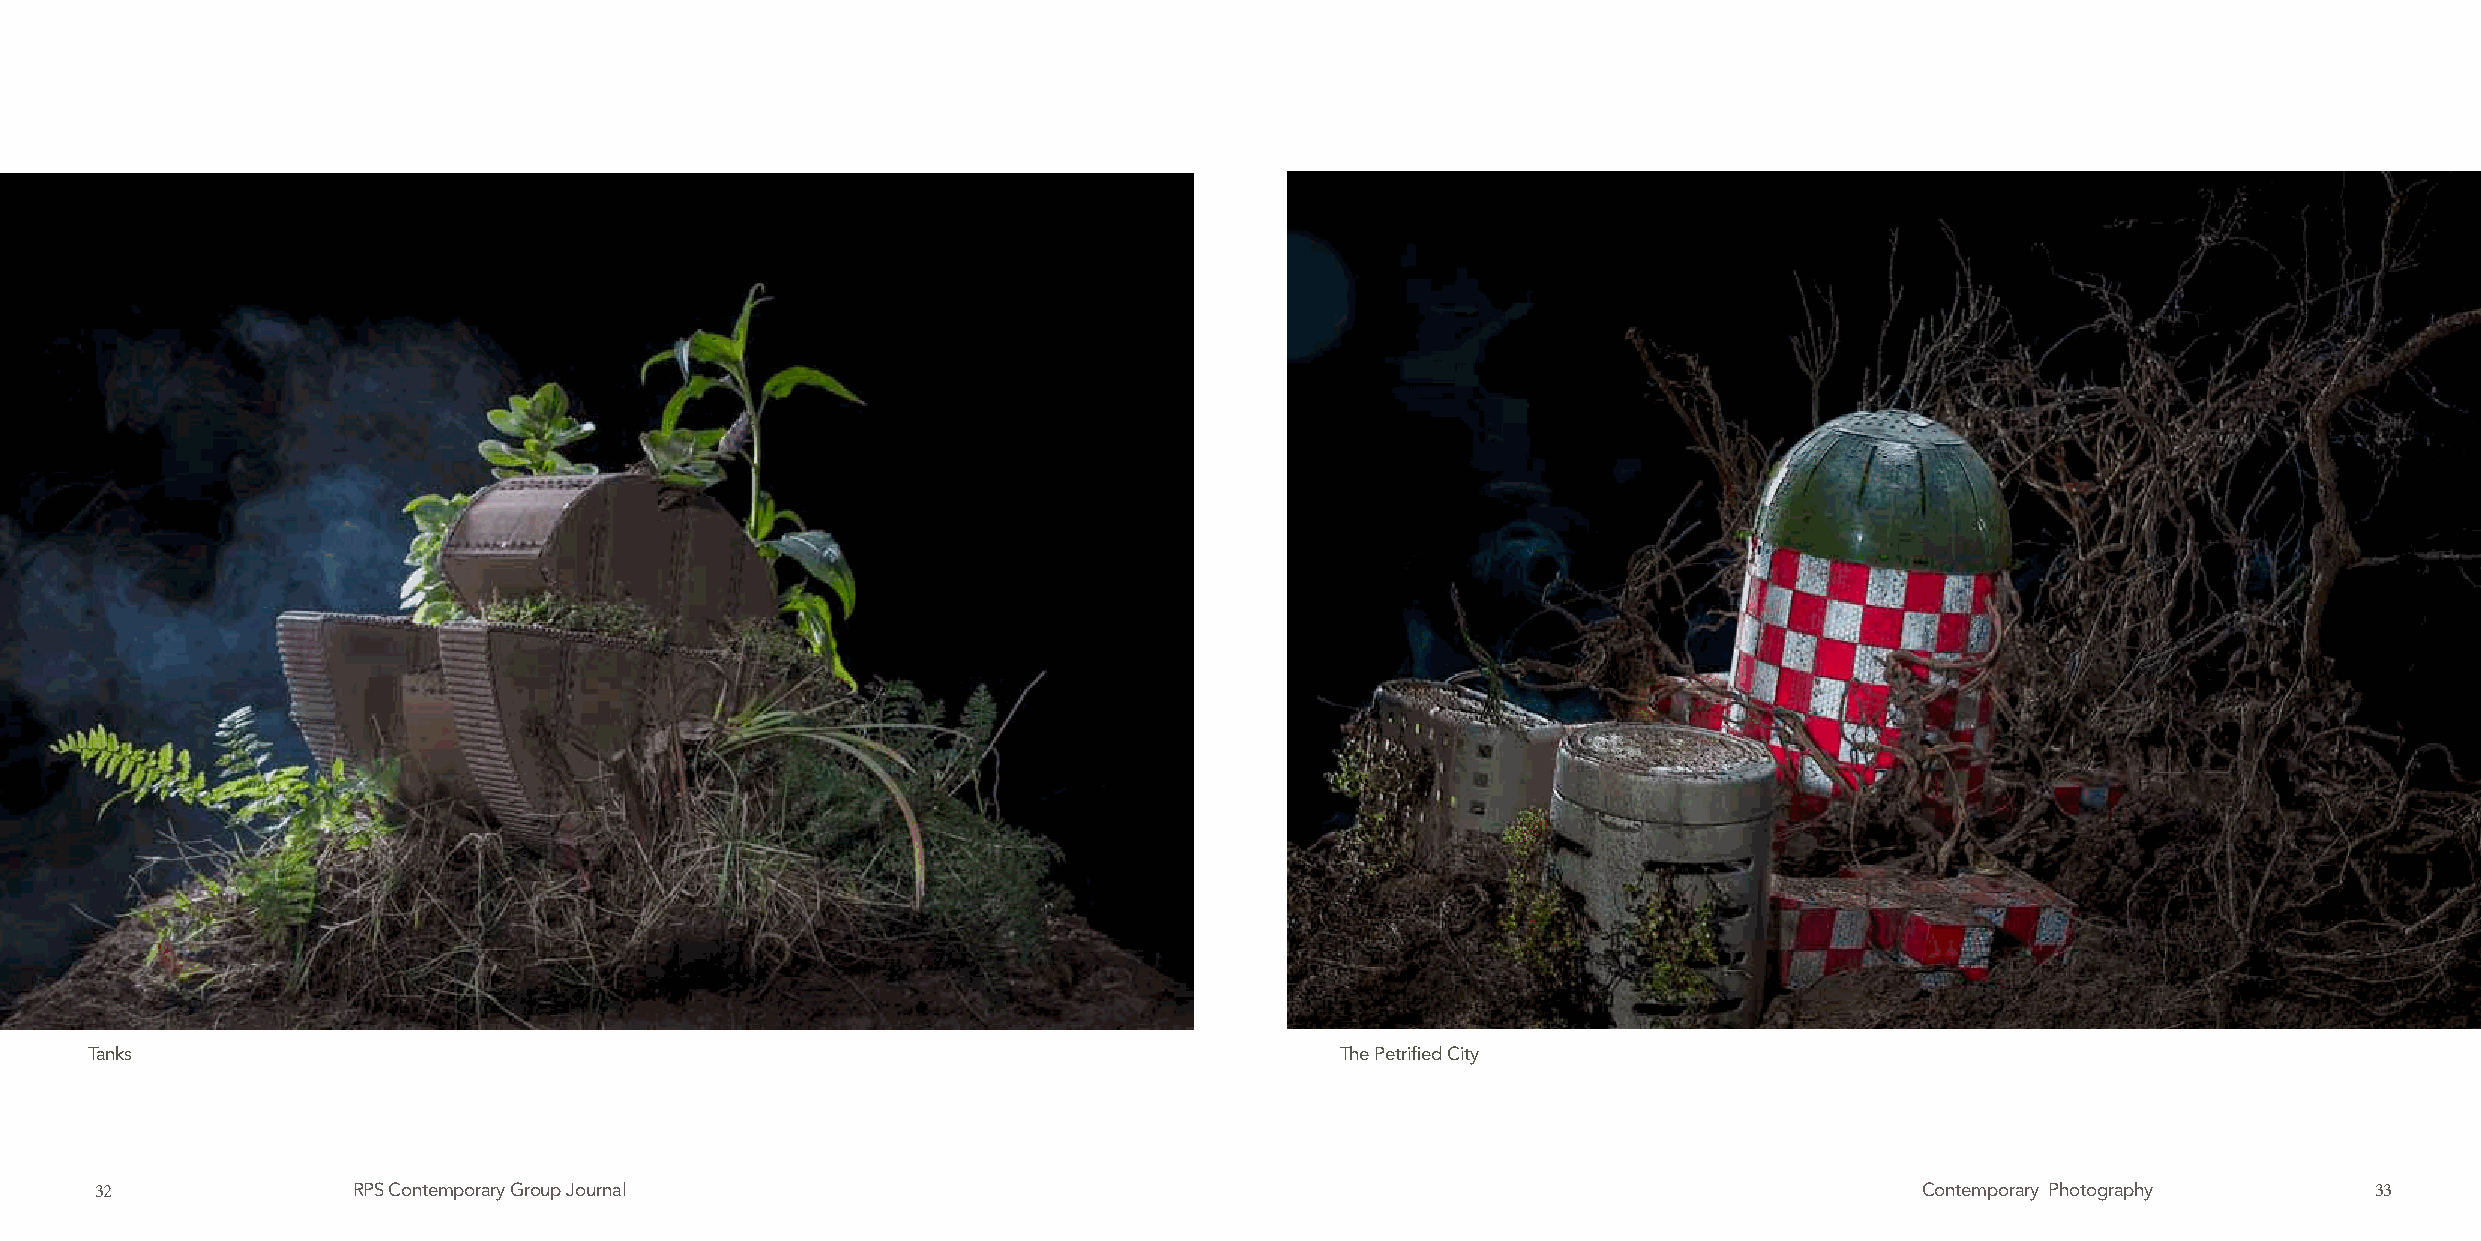
Tanks                                                                              The Petrified City
 32               RPS Contemporary Group Journal                                                                          Contemporary Photography      33